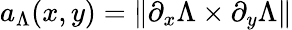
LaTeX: a_{\Lambda}(x,y)=\| \partial_{x}\Lambda\times\partial_{y}\Lambda\|